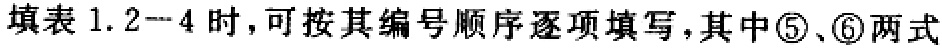
填表1.2--4时，可按其编号顺序逐项填写，其中\textcircled{5}、\textcircled{6}两式